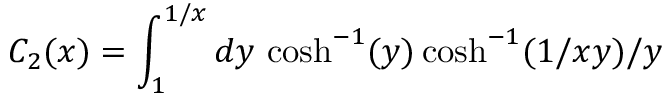
C _ { 2 } ( x ) = \int _ { 1 } ^ { 1 / x } d y \, \cosh ^ { - 1 } ( y ) \cosh ^ { - 1 } ( 1 / x y ) / y